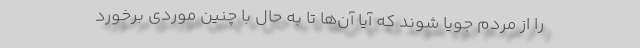
را از مردم جویا شوند که آیا آن‌ها تا به حال با چنین موردی برخورد